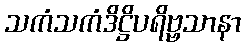
သကံသကံဒိဋ္ဌိပရိဗ္ဗသာနာ